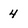
Character: 4